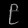
Digit: ၉